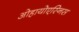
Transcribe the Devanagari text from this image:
ओहायोएस्निस